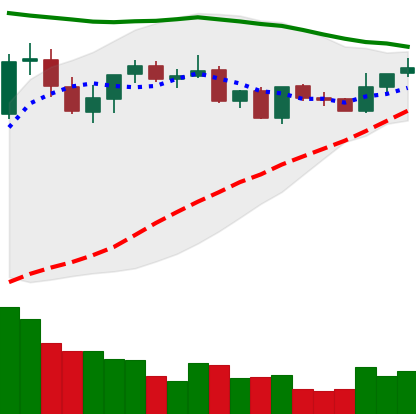
Ticker: XRP-USD
Chart end date: 2021-09-02
Forward return: -10.445%
Label: down_7plus